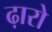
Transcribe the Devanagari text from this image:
ढ़ारो